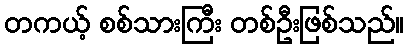
တကယ့် စစ်သားကြီး တစ်ဦးဖြစ်သည်။